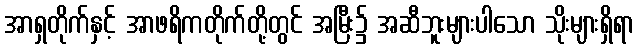
အာရှတိုက်နှင့် အာဖရိကတိုက်တို့တွင် အမြီး၌ အဆီဘူးများပါသော သိုးများရှိရာ